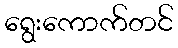
ရွေးကောက်တင်